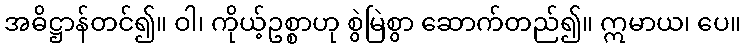
အဓိဋ္ဌာန်တင်၍။ ဝါ၊ ကိုယ့်ဥစ္စာဟု စွဲမြဲစွာ ဆောက်တည်၍။ ဣမာယ၊ ပေ။